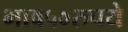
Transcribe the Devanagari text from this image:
भाव५०रुपये